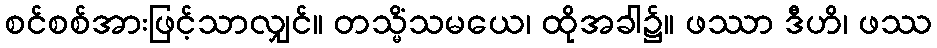
စင်စစ်အားဖြင့်သာလျှင်။ တသ္မိံသမယေ၊ ထိုအခါ၌။ ဖဿာ ဒီဟိ၊ ဖဿ